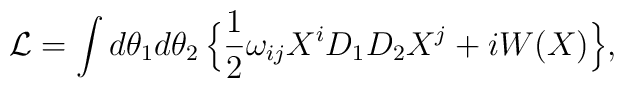
{\cal L} = \int d\theta_1 d\theta_2 \,\Bigl\{\frac{1}{2}\omega_{ij}X^iD_1D_2 X^j +iW(X)\Bigr\},